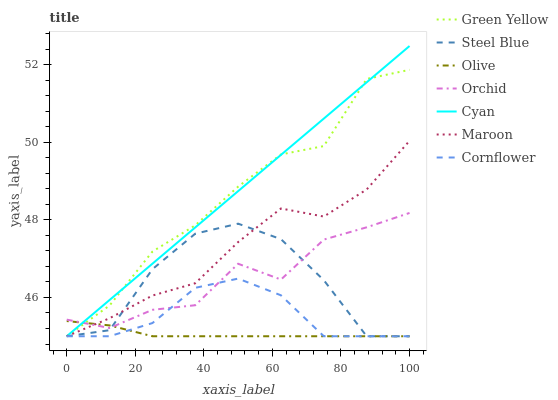
| xaxis_label | Green Yellow | Steel Blue | Olive | Orchid | Cyan | Maroon | Cornflower |
 | --- | --- | --- | --- | --- | --- | --- | --- |
 | 0 | 45 | 45 | 45.4 | 45.4 | 45 | 45 | 45 |
 | 12.5 | 45.8 | 45.2 | 45.3 | 45.2 | 45.9 | 45.5 | 45 |
 | 25 | 47.2 | 46.7 | 45 | 45.7 | 46.9 | 46 | 45.3 |
 | 37.5 | 47.9 | 47.6 | 45 | 45.8 | 47.8 | 46.4 | 46.2 |
 | 50 | 48.9 | 47.9 | 45 | 46.9 | 48.7 | 47.4 | 46.5 |
 | 62.5 | 49.7 | 47.5 | 45 | 46.5 | 49.7 | 48.3 | 46.1 |
 | 75 | 49.9 | 46.4 | 45 | 47.5 | 50.6 | 48.1 | 45 |
 | 87.5 | 51.6 | 45 | 45 | 47.8 | 51.5 | 48.8 | 45 |
 | 100 | 51.9 | 45 | 45 | 48.2 | 52.5 | 50 | 45 |